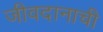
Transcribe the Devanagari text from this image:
जीवदानाची